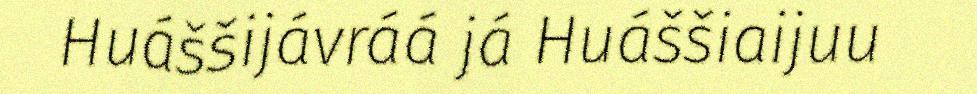
Huáššijávráá já Huáššiaijuu